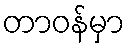
တာဝန်မှာ